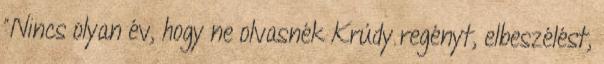
"Nincs olyan év, hogy ne olvasnék Krúdy regényt, elbeszélést,